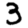
Digit: 3